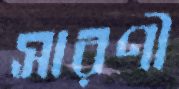
সারণী